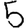
Digit: 5